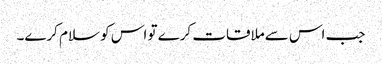
جب اس سےملاقات کرے تو اس کو سلام کرے۔